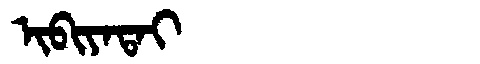
Manchu: ᡳᠪᡳᠶᠠᡨᠠᡳ
Romanization: IBIYATAI